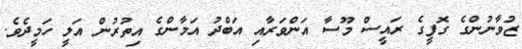
ޒުވާނުންގެ ގޮފީގެ ރައީސް މޫސާ އަންވަރާއި އަބްދު އަމާންގެ އިތުރުން އަލީ ހަމީދެވެ.